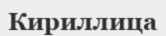
Кириллица